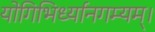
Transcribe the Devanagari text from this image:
योगिभिर्ध्यानगम्यम्।